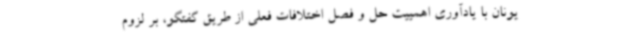
یونان با یادآوری اهمییت حل و فصل اختلافات فعلی از طریق گفتگو، بر لزوم